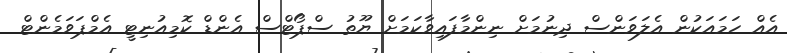
އެއް ހަމައަކުން އެލަވަންސް ދިނުމަށް ނިންމާފައިވާކަމަށް ޔޫތު ސްޕޯޓްސް އެންޑް ކޮމިއުުނިޓީ އެމްޕަވަމެންޓް